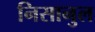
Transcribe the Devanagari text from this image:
निसानुल